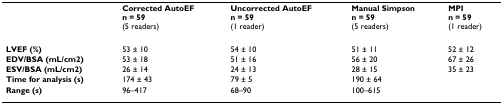
|  | Corrected AutoEFn = 59(5 readers) | Uncorrected AutoEFn = 59(1 reader) | Manual Simpsonn = 59(5 readers) | MPIn = 59(1 reader) |
 | --- | --- | --- | --- | --- |
 | LVEF (%) | 53 ± 10 | 54 ± 10 | 51 ± 11 | 52 ± 12 |
 | EDV/BSA (mL/cm2) | 53 ± 18 | 51 ± 16 | 56 ± 20 | 67 ± 26 |
 | ESV/BSA (mL/cm2) | 26 ± 14 | 24 ± 13 | 28 ± 15 | 35 ± 23 |
 | Time for analysis (s) | 174 ± 43 | 79 ± 5 | 190 ± 64 |  |
 | Range (s) | 96–417 | 68–90 | 100–615 |  |